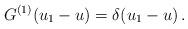
LaTeX: \begin{align*} G^{(1)}(u_1-{{u}})= \delta(u_1-{{u}})\, .\end{align*}